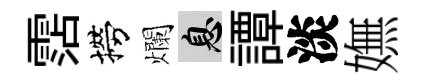
霑撈爛息譚淡嫵